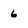
Character: 6